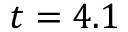
t = 4 . 1